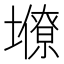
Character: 𡒭